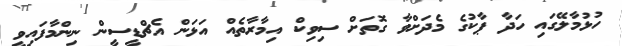
ހުޅުމާލޭގައި ހަދާ ޕާކުގެ މެދަށްވާ ގޮތަށް ސިވިކް އިމާރާތެއް އަޅަން އެޗްޑީސީން ނިންމާފައިވީ